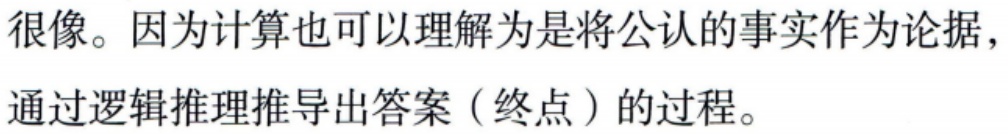
很像。因为计算也可以理解为是将公认的事实作为论据，通过逻辑推理推导出答案（终点）的过程。